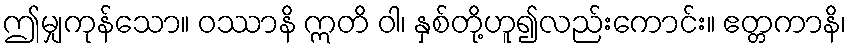
ဤမျှကုန်သော။ ဝဿာနိ ဣတိ ဝါ၊ နှစ်တို့ဟူ၍လည်းကောင်း။ ဧတ္တကာနိ၊